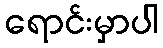
ရောင်းမှာပါ